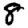
Digit: 8